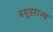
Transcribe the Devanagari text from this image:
समुद्रराज्य